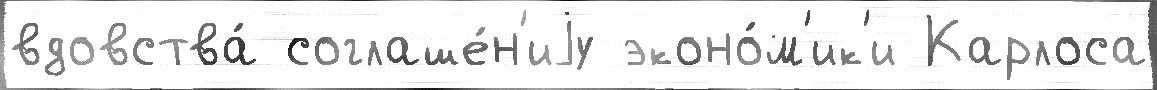
вдовства́ соглаше́н'иjу эконо́м'ик'и Карлоса